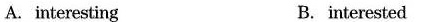
A.interesting B. interested